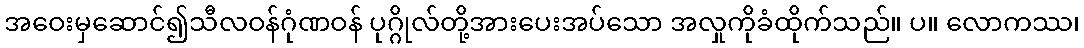
အဝေးမှဆောင်၍သီလဝန်ဂုံဏဝန် ပုဂ္ဂိုလ်တို့အားပေးအပ်သော အလှုကိုခံထိုက်သည်။ ပ။ လောကဿ၊